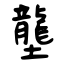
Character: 壟